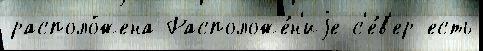
располо́жена Расположе́н'иjе с'е́в'ер есть